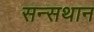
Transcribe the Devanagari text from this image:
सन्सथान